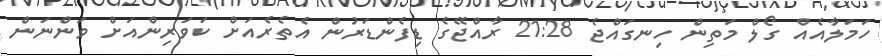
ހަމަލާއެއް ގޯލް މަތިން ހިނގައްޖެ 21:28 ރާއްޖޭގެ ޑިފެންޑަރުން އެތެރެއަށް ކަވަރިންއަށް ވަންނަން